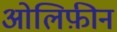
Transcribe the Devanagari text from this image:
ओलिफ़ीन